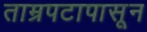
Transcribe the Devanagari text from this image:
ताम्रपटापासून